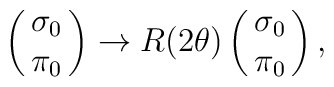
\left(\matrix{\sigma_0 \cr \pi_0} \right)       \rightarrow    R( 2 \theta)     \left(\matrix{\sigma_0 \cr \pi_0} \right),